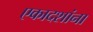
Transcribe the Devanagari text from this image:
एकादशांना